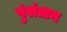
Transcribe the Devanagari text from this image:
पुंसंतान